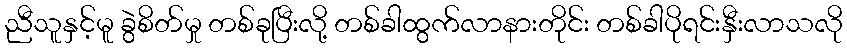
ညီသူနှင့်မူ ခွဲစိတ်မှု တစ်ခုပြီးလို့ တစ်ခါထွက်လာနားတိုင်း တစ်ခါပိုရင်းနှီးလာသလို